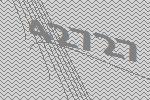
42727